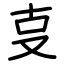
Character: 㕝